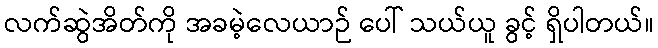
လက်ဆွဲအိတ်ကို အခမဲ့လေယာဉ် ပေါ် သယ်ယူ ခွင့် ရှိပါတယ်။